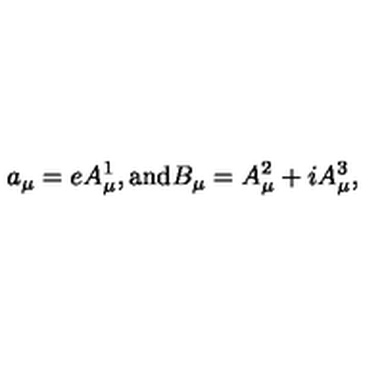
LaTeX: a _ { \mu } = e A _ { \mu } ^ { 1 } , \mathrm { a n d } B _ { \mu } = A _ { \mu } ^ { 2 } + i A _ { \mu } ^ { 3 } ,